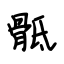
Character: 骶